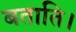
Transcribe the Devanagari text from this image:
बताति।